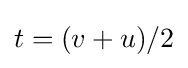
t=(v+u)/2